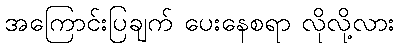
အကြောင်းပြချက် ပေးနေစရာ လိုလို့လား